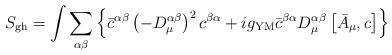
\begin{align*}S_{\rm gh}=\int\sum_{\alpha\beta} \left\{\bar c^{\alpha\beta}\left( -D^{\alpha\beta}_\mu\right)^2c^{\beta\alpha}+ig_{\rm YM}\bar c^{\beta\alpha}D_\mu^{\alpha\beta}\left[\bar A_\mu,c\right]\right\}\end{align*}